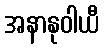
အနာနုဝါယီ